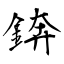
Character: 錛